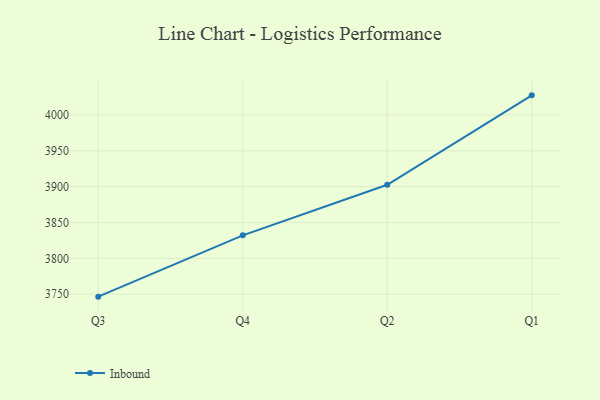
{"axis": {"x": "Quarter", "y": "Market Share (%)"}, "legend": ["Inbound"], "data": [{"x": "Q3", "y": 3746.6, "type": "Inbound"}, {"x": "Q4", "y": 3832.1, "type": "Inbound"}, {"x": "Q2", "y": 3902.6, "type": "Inbound"}, {"x": "Q1", "y": 4027.3, "type": "Inbound"}]}